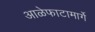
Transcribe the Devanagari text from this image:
आळेफाटामार्गे